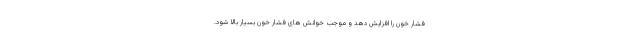
فشار خون را افزایش دهد و موجب خوانش های فشار خون بسیار بالا شود.